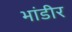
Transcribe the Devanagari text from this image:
भांडीर